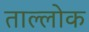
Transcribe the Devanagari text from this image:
ताल्लोक